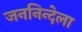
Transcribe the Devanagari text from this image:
जननिन्देला